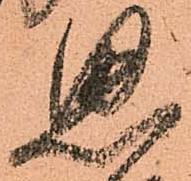
思